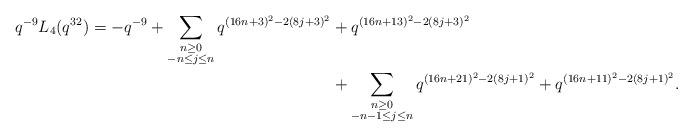
LaTeX: \begin{align*} \begin{aligned}q^{-9} L_{4}(q^{32}) = -q^{-9} + \sum_{\substack{n \geq 0 \\ -n \leq j \leq n}} q^{(16n+3)^2 - 2(8j+3)^2} & + q^{(16n+13)^2 - 2(8j+3)^2} \\& + \sum_{\substack{n \geq 0 \\ -n-1 \leq j \leq n}} q^{(16n+21)^2 - 2(8j+1)^2} + q^{(16n+11)^2 - 2(8j+1)^2}.\end{aligned}\end{align*}